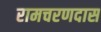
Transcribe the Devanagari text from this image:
रामचरणदास